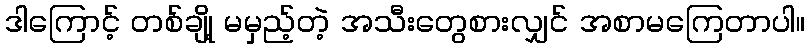
ဒါကြောင့် တစ်ချို့ မမှည့်တဲ့ အသီးတွေစားလျှင် အစာမကြေတာပါ။